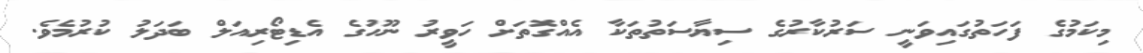
މިކަމުގެ ފަހަތުގައިވަނީ ސަރުކާރުގެ ސިޔާސަތުތަކާ އެއްގޮތަށް ހަވީރު ނޫހުގެ އެޑިޓޯރިއަލް ބަދަލު ކުރުމެވެ.